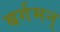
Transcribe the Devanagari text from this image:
बर्गमन्‌